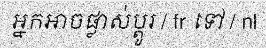
អ្នកអាចផ្លាស់ប្តូរ / fr ទៅ / nl